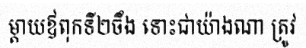
ម្តាយឳពុកទី២ចឹង ទោះជាយ៉ាងណា ត្រូវ